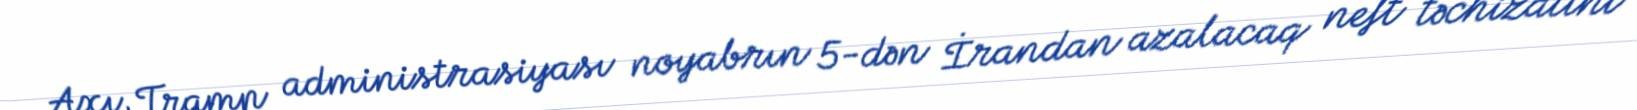
Axı, Tramp administrasiyası noyabrın 5-dən İrandan azalacaq neft təchizatını